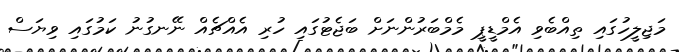
މަޖިލީހުގައި ތިއްބެވި އެމްޑީޕީ މެމްބަރުންނަށް ބަޖެޓުގައި ހުރި އެއްޗެއް ނޭނގުނު ކަމުގައި ވިޔަސް